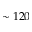
\sim 1 2 0